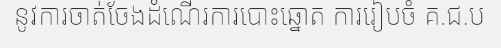
នូវការចាត់ចែងដំណើរការបោះឆ្នោត ការរៀបចំ គ.ជ.ប